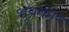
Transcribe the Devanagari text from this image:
भूप्रकार